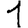
Digit: 1